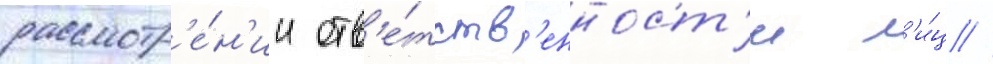
рассмотр'е́н'ии отв'е́тств'енност'и л'и́ц /